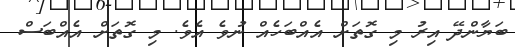
ބަޔާންދޭ އިރު މި ގޮތަށް އެއްބަހެއް ނުވެ އެވެ. މި ގޮތަށް އެއްބަސް